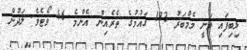
ލިބިފައި ވަނީ މެމްބަރު 193 ގައުމުގެ ތެރެއިން އެންމެ 46 ވޯޓެވެ. ލަދުން